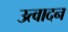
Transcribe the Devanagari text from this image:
उत्वादन